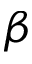
\beta